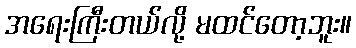
အရေးကြီးတယ်လို့ မထင်တော့ဘူး။